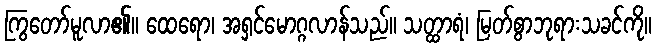
ကြွတော်မူလာ၏။ ထေရော၊ အရှင်မောဂ္ဂလာန်သည်။ သတ္ထာရံ၊ မြတ်စွာဘုရားသခင်ကို။